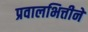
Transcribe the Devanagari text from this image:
प्रवालभित्तीने